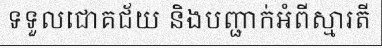
ទទួលជោគជ័យ និងបញ្ជាក់អំពីស្មារតី